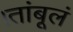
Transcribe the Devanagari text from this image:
।तांबूलं